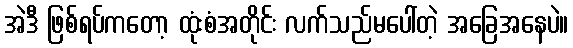
အဲဒီ ဖြစ်ရပ်ကတော့ ထုံးစံအတိုင်း လက်သည်မပေါ်တဲ့ အခြေအနေပဲ။